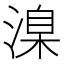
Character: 㴪